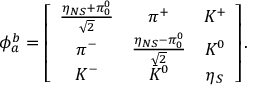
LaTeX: \phi _ { a } ^ { b } = \left[ \begin{array} { c c c } { { { \frac { \eta _ { N S } + \pi _ { 0 } ^ { 0 } } { \sqrt { 2 } } } } } & { { \pi ^ { + } } } & { { K ^ { + } } } \\ { { \pi ^ { - } } } & { { { \frac { \eta _ { N S } - \pi _ { 0 } ^ { 0 } } { \sqrt { 2 } } } } } & { { K ^ { 0 } } } \\ { { K ^ { - } } } & { { { \bar { K } } ^ { 0 } } } & { { \eta _ { S } } } \end{array} \right] .